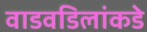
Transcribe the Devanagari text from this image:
वाडवडिलांकडे